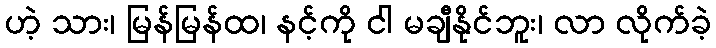
ဟဲ့ သား၊ မြန်မြန်ထ၊ နင့်ကို ငါ မချီနိုင်ဘူး၊ လာ လိုက်ခဲ့